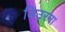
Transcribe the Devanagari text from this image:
डिउरना